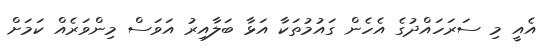
އެއީ މި ސަރަހައްދުގެ އެހެން ގައުމުތަކާ އަޅާ ބަލާއިރު އަވަސް މިންވަރެއް ކަމަށް